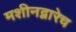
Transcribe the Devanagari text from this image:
मशीनद्वारेच